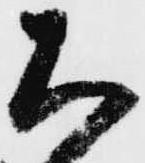
は